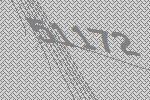
51172